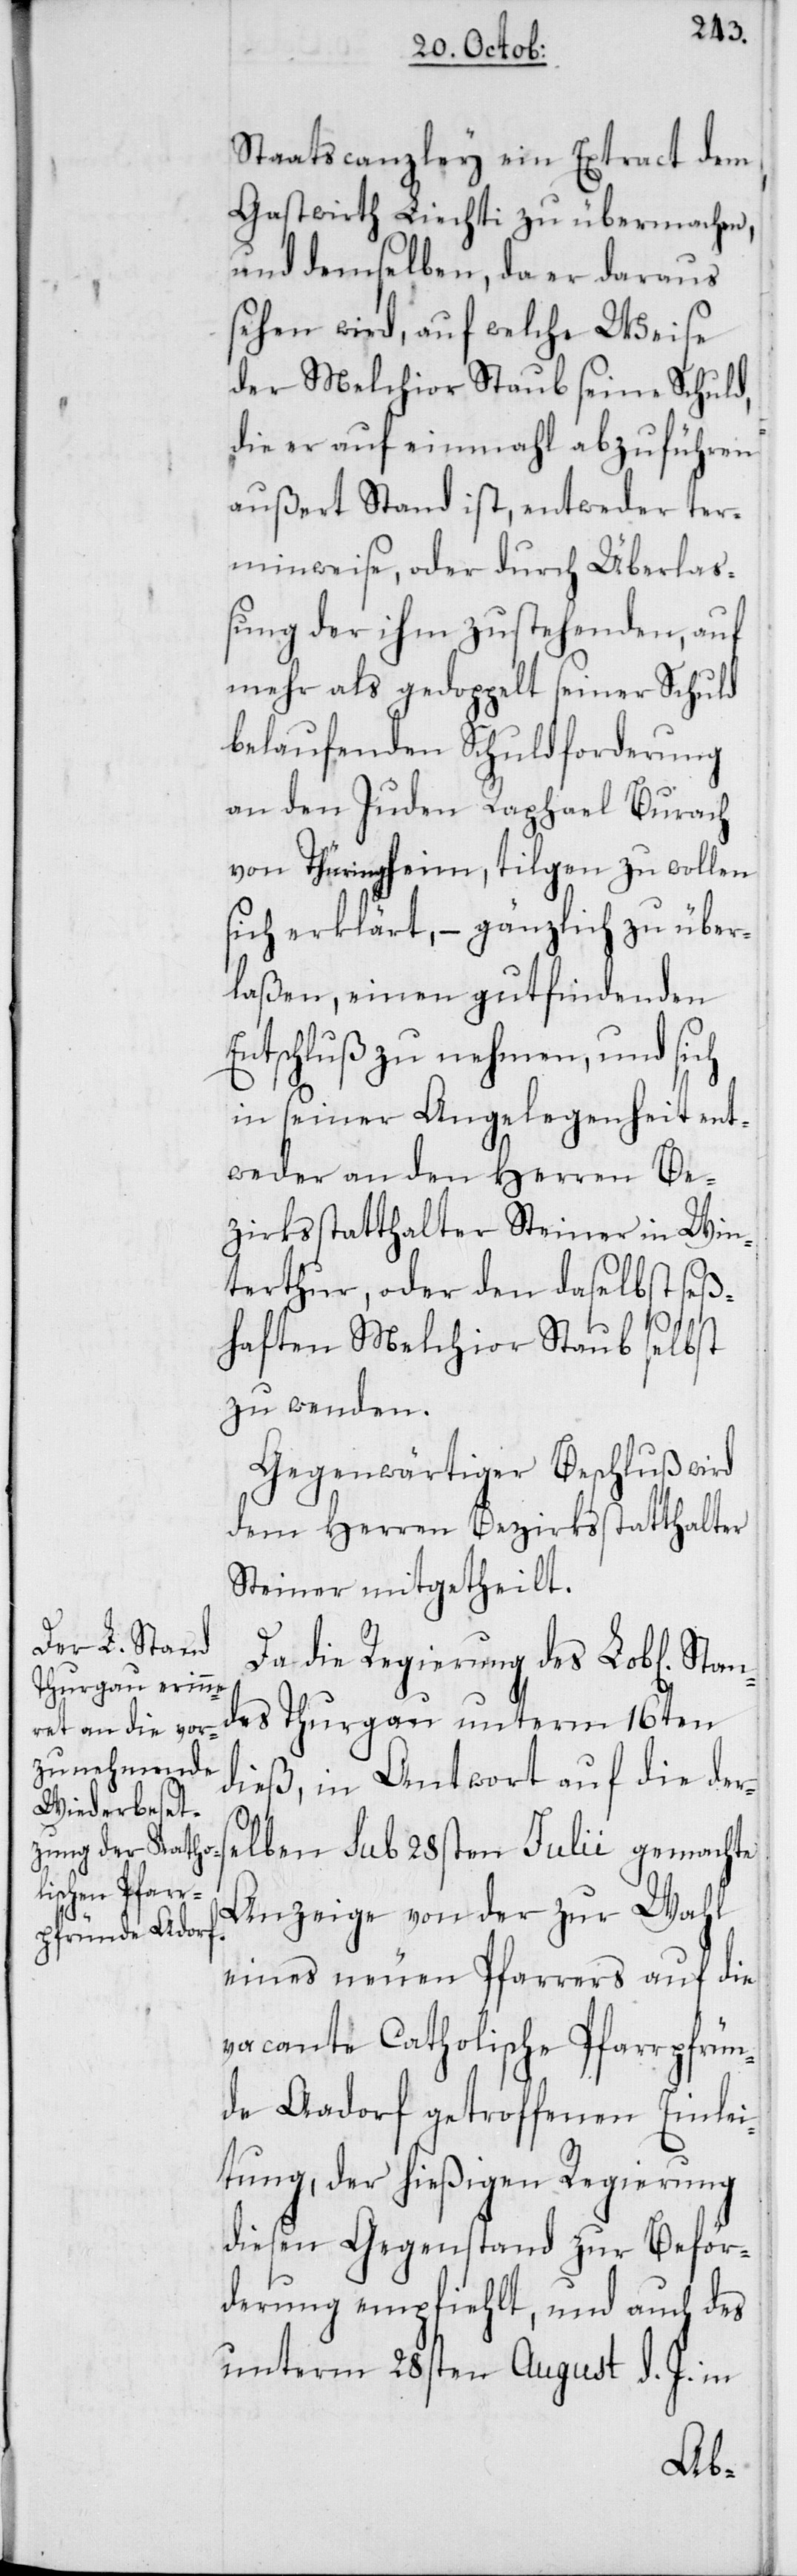
Staatscanzley ein Extract dem
Gastwirth Liechti zu übermachen,
und demselben, da er daraus
sehen wird, auf welche Weise
der Melchior Staub seine Schuld,
die er auf einmahl abzuführen
außert Stand ist, entweder ter¬
minweise, oder durch Überla¬
ßung der ihm zustehenden, auf
mehr als gedoppelt seiner Schuld
belaufenden Schuldforderung
an den Juden Raphael Burach
von Thüringheim, tilgen zu wollen
sich erklärt, – gänzlich zu über¬
laßen, einen gutfindenden
Entschluß zu nehmen, und sich
in seiner Angelegenheit ent¬
weder an den Herren Be¬
zirksstatthalter Steiner in Win¬
terthur, oder den daselbst seß¬
haften Melchior Staub selbst
zu wenden.
Gegenwärtiger Beschluß wird
dem Herren Bezirksstatthalter
Steiner mitgetheilt.
Da die Regierung des Lob[lichen]
des Thurgau unterm 16ten
dieß, in Antwort auf die der¬
selben sub 28sten Julii gemachte
Anzeige von der zur Wahl
eines neuen Pfarrers auf die
vacante Catholische Pfarrpfrün¬
de Aadorf getroffenen Einlei¬
tung, der hießigen Regierung
diesen Gegenstand zu Beför¬
derung empfiehlt, und auch des
unterm 28sten August d. J. in
Stan¬